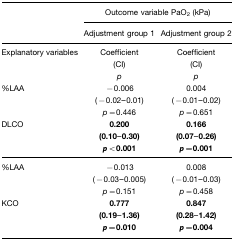
|  | <COLSPAN=2> Outcome variable PaO2 (kPa) |
 |  | Adjustment group 1 | Adjustment group 2 |
 | --- | --- | --- |
 | Explanatory variables | Coefficient(CI)p | Coefficient(CI)p |
 | %LAA | −0.006(−0.02–0.01)p=0.446 | 0.004(−0.01–0.02)p=0.651 |
 | DLCO | 0.200(0.10–0.30)p<0.001 | 0.166(0.07–0.26)p=0.001 |
 | %LAA | −0.013(−0.03–0.005)p=0.151 | 0.008(−0.01–0.03)p=0.458 |
 | KCO | 0.777(0.19–1.36)p=0.010 | 0.847(0.28–1.42)p=0.004 |